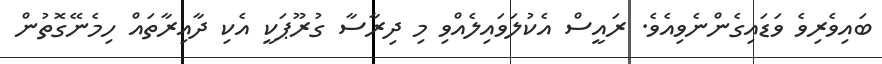
ބައިވެރިވެ ވަޑައިގެންނެވިއެވެ. ރައީސް އެކުލަވައިލެއްވި މި ދިރާސާ ގުރޫޕަކީ އެކި ދާއިރާތައް ހިމެނޭގޮތުން